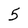
Character: 5